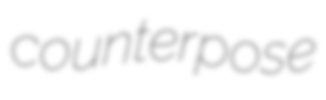
counterpose